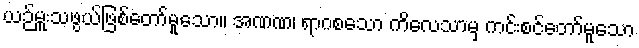
ယဉ်မှူးသဖွယ်ဖြစ်တော်မူသော။ အဏဏ၊ ရာဂစသော ကိလေသာမှ ကင်းစင်တော်မူသော